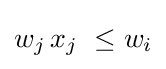
w_{j}\,x_{j}\ \leq w_{i}